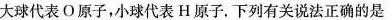
大球代表О原子，小球代表H原子。下列有关说法正确的是